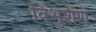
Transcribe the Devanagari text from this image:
विभुशण